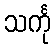
သင်္ကု